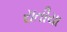
રાતીયા